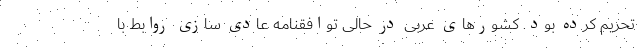
تحریم کرده بود. کشورهای عربی در حالی توافقنامه عادی سازی روابط با